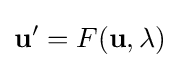
\mathbf {u} '=F(\mathbf {u} ,\lambda )